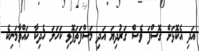
އަދި އެކޮޅަށް ގޮސްފަ ވެސް ގަރުދިޔަ އަދި މަސްފަތަފޮޅި ކަހަލަ ހެދިކާ ހައްވާމަނިކެ